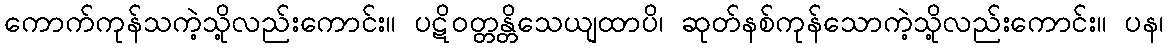
ကောက်ကုန်သကဲ့သို့လည်းကောင်း။ ပဋိဝတ္တန္တိသေယျထာပိ၊ ဆုတ်နစ်ကုန်သောကဲ့သို့လည်းကောင်း။ ပန၊